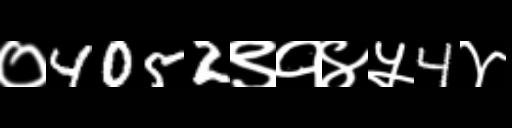
Text: ०4052९१४५4४